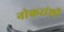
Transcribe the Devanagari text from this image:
नोकरांशी